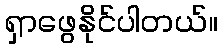
ရှာဖွေနိုင်ပါတယ်။